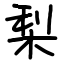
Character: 梨